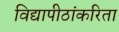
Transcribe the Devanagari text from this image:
विद्यापीठांकरिता